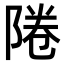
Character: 𨹵